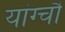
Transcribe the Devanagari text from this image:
यांग्चौ